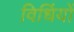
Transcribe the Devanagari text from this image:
विधिंयों